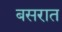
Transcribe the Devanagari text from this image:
बसरात